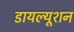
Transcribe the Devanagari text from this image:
डायल्यूशन